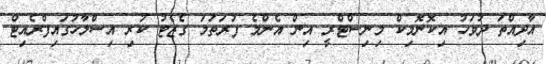
އާދިއްތަ ދުވަހު އިކޮނޮމިކް މިނިސްޓްރީ އިން އެންމެ ފުރަތަމަ ގެޒެޓު ކުރި އިސްލާހުގައިފްރެއިޓް